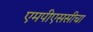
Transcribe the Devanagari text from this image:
एमपीएससीचा